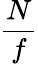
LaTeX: \frac{N}{f}